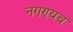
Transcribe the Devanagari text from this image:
नगण्यच